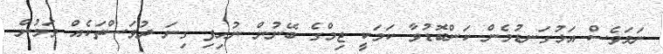
ނަމަވެސް އަޅުގަނޑުމެން ކަންބޮޑުވާ ކަމަކީ ޖިމްގެ ބޭނުން ނުހިފި ގިނަ ދުވަސްތަކެއް ވަމުން